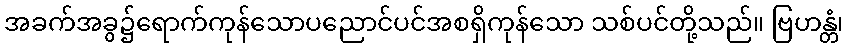
အခက်အခွ၌ရောက်ကုန်သောပညောင်ပင်အစရှိကုန်သော သစ်ပင်တို့သည်။ ဗြဟန္တံ၊